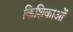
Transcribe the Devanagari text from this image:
किशिकाओं